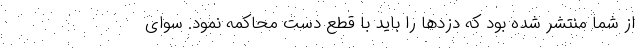
از شما منتشر شده بود که دزدها را باید با قطع دست محاکمه نمود. سوای